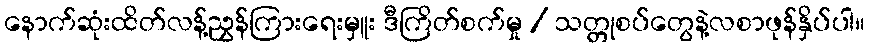
နောက်ဆုံးထိတ်လန့်ညွှန်ကြားရေးမှူး ဒီကြိတ်စက်မှု / သတ္တုစပ်တွေနဲ့လစာဖုန်နှိပ်ပါ။